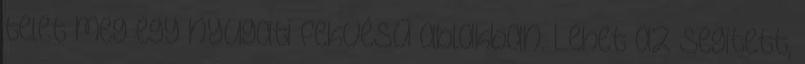
telet meg egy nyugati fekvésű ablakban. Lehet az segitett,